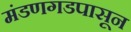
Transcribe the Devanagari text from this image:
मंडणगडपासून